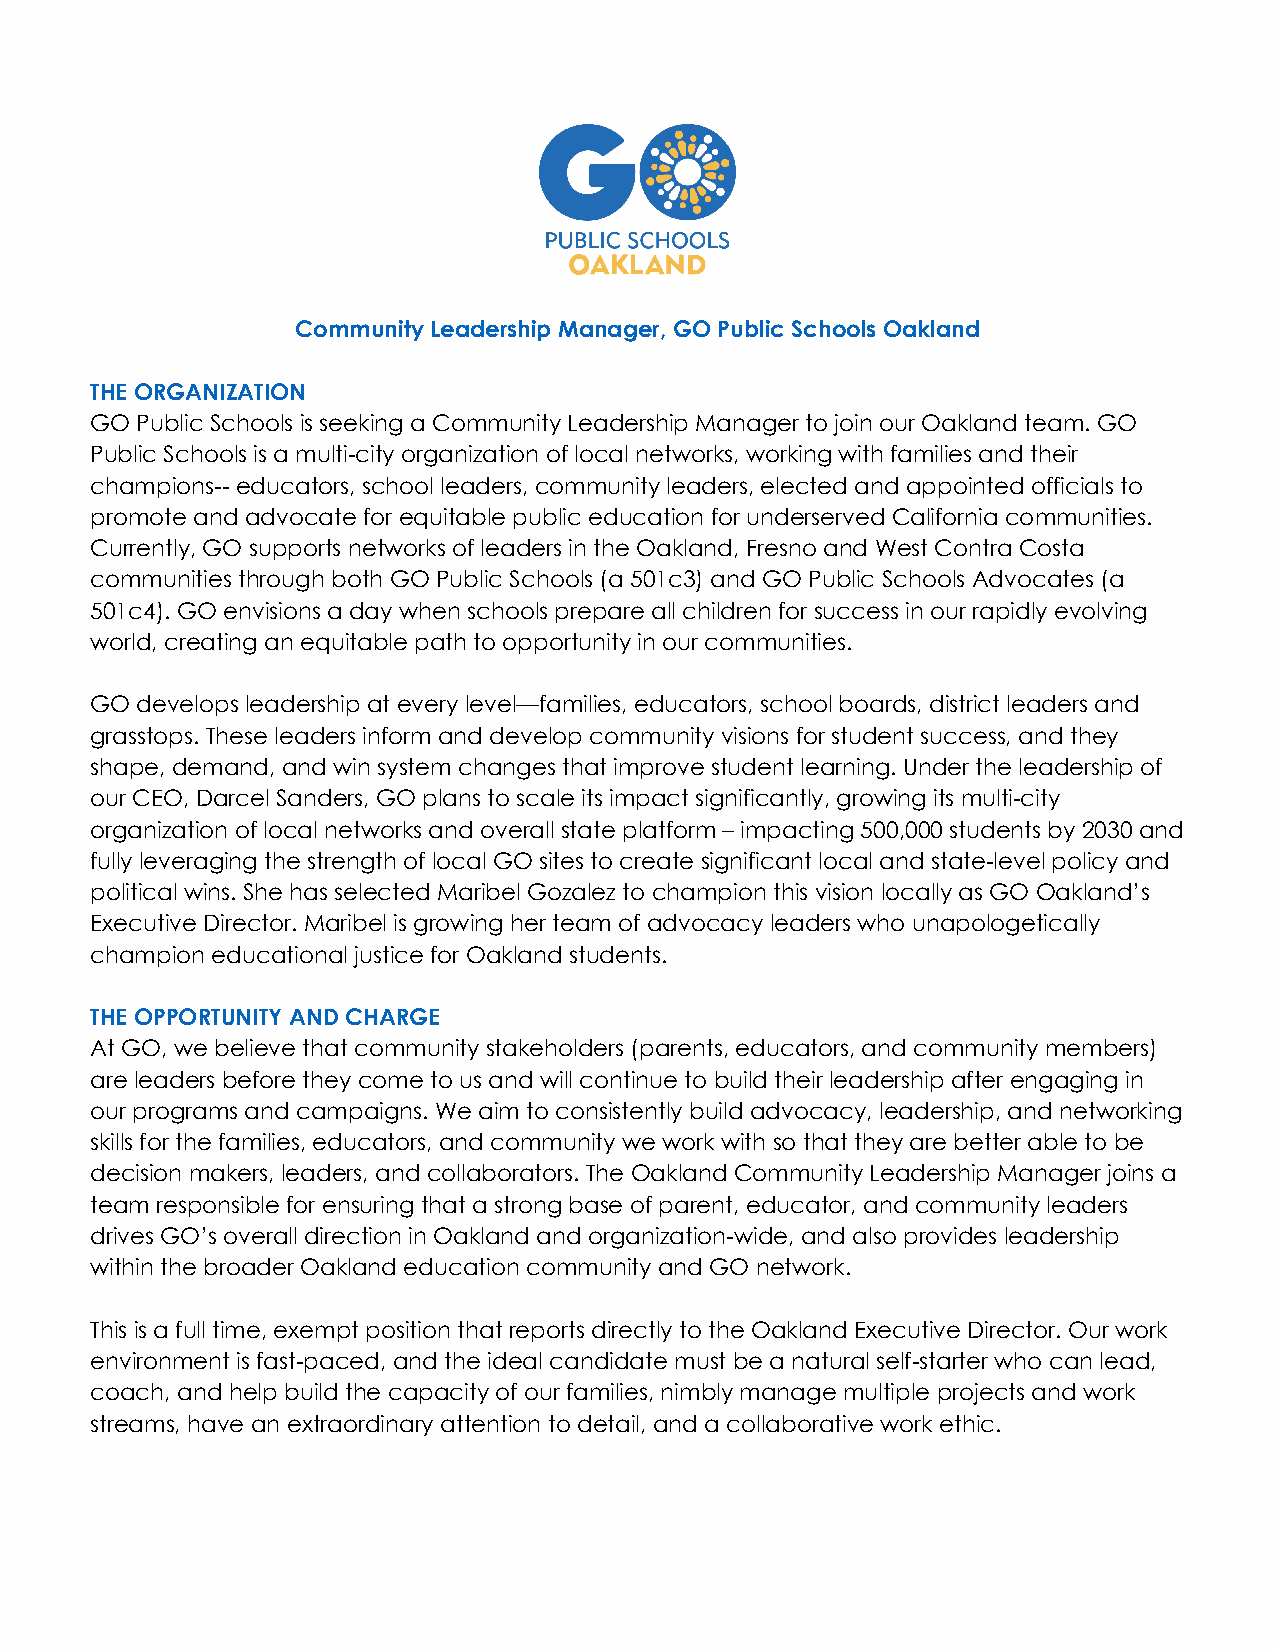
Community Leadership Manager, GO Public Schools Oakland
 THE ORGANIZATION
 GO Public Schools is seeking a Community Leadership Manager to join our Oakland team. GO
 Public Schools is a multi-city organization of local networks, working with families and their
 champions-- educators, school leaders, community leaders, elected and appointed officials to
 promote and advocate for equitable public education for underserved California communities.
 Currently, GO supports networks of leaders in the Oakland, Fresno and West Contra Costa
 communities through both GO Public Schools (a 501c3) and GO Public Schools Advocates (a
 501c4). GO envisions a day when schools prepare all children for success in our rapidly evolving
 world, creating an equitable path to opportunity in our communities.
 GO develops leadership at every level—families, educators, school boards, district leaders and
 grasstops. These leaders inform and develop community visions for student success, and they
 shape, demand, and win system changes that improve student learning. Under the leadership of
 our CEO, Darcel Sanders, GO plans to scale its impact significantly, growing its multi-city
 organization of local networks and overall state platform – impacting 500,000 students by 2030 and
 fully leveraging the strength of local GO sites to create significant local and state-level policy and
 political wins. She has selected Maribel Gozalez to champion this vision locally as GO Oakland’s
 Executive Director. Maribel is growing her team of advocacy leaders who unapologetically
 champion educational justice for Oakland students.
 THE OPPORTUNITY AND CHARGE
 At GO, we believe that community stakeholders (parents, educators, and community members)
 are leaders before they come to us and will continue to build their leadership after engaging in
 our programs and campaigns. We aim to consistently build advocacy, leadership, and networking
 skills for the families, educators, and community we work with so that they are better able to be
 decision makers, leaders, and collaborators. The Oakland Community Leadership Manager joins a
 team responsible for ensuring that a strong base of parent, educator, and community leaders
 drives GO’s overall direction in Oakland and organization-wide, and also provides leadership
 within the broader Oakland education community and GO network.
 This is a full time, exempt position that reports directly to the Oakland Executive Director. Our work
 environment is fast-paced, and the ideal candidate must be a natural self-starter who can lead,
 coach, and help build the capacity of our families, nimbly manage multiple projects and work
 streams, have an extraordinary attention to detail, and a collaborative work ethic.